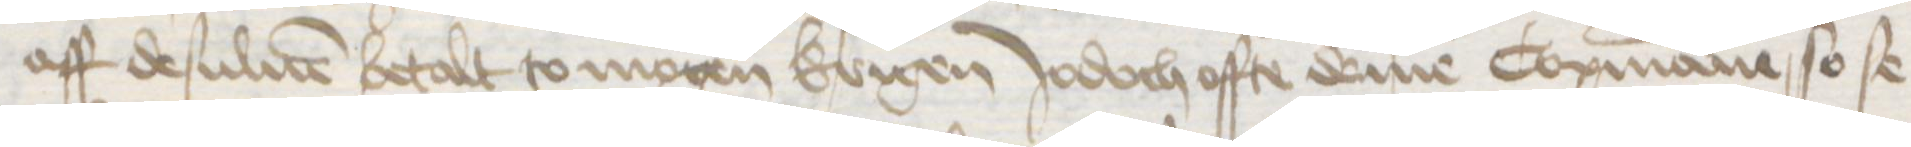
aff desuluen betalt to mogen krigen Jodoch offte deme Copmanne so se